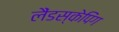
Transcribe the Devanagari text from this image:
लैंडस्केपिंग